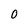
Character: 0